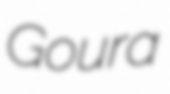
Goura